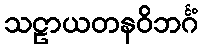
သဠာယတနဝိဘင်္ဂံ